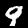
Digit: 9